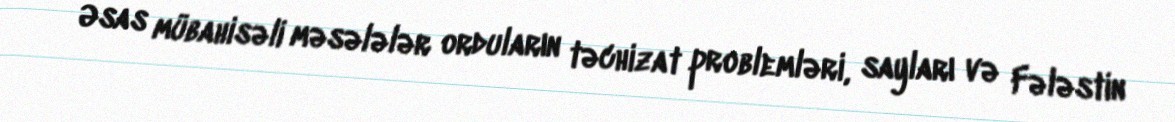
Əsas mübahisəli məsələlər orduların təchizat problemləri, sayları və Fələstin